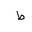
Letter: _da